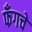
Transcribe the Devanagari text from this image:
फँगचे